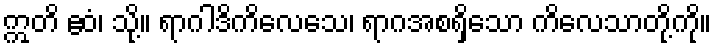
ဣတိ ဧဝံ၊ သို့။ ရာဂါဒိကိလေသေ၊ ရာဂအစရှိသော ကိလေသာတို့ကို။